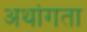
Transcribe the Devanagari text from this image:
अथांगता